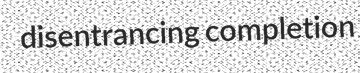
disentrancing completion